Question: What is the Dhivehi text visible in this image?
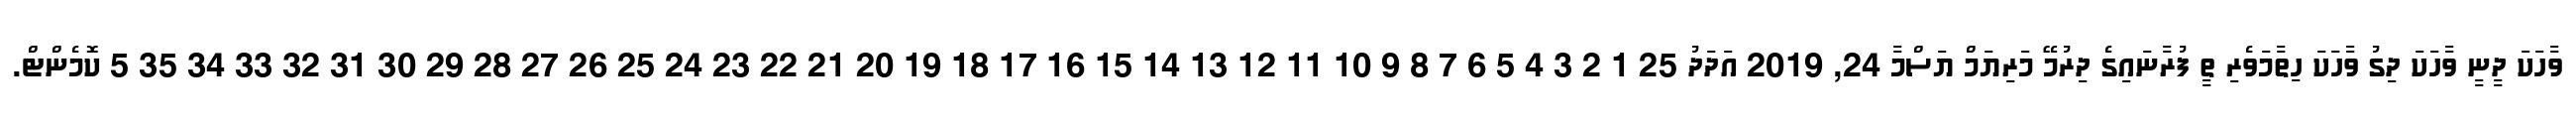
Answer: ވާހަކަ ދީނީ ވާހަކަ ދިގު ވާހަކަ ހިތާމަވެރި ތީ ފުރާނައިގެ ދިރުމޭ މަރިޔަމް ޔަސްމާ 24, 2019 އަދަދު 25 1 2 3 4 5 6 7 8 9 10 11 12 13 14 15 16 17 18 19 20 21 22 23 24 25 26 27 28 29 30 31 32 33 34 35 5 ކޮމެންޓް.